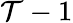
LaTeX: \mathcal{T}-1